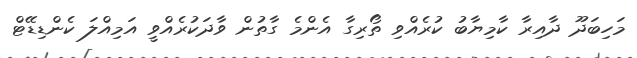
މަހިބަދޫ ދާއިރާ ކާމިޔާބު ކުރެއްވި ތޯރިގާ އެންމެ ގާތުން ވާދަކުރެއްވީ އަމިއްލަ ކެންޑިޑޭޓް